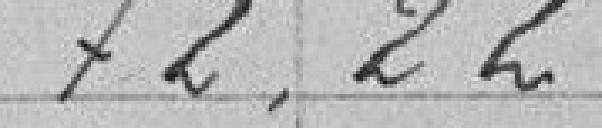
72.22